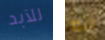
للآبد انه